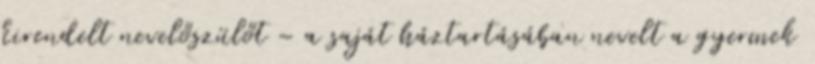
kirendelt nevelőszülőt – a saját háztartásában nevelt a gyermek